Annual report of the Punjab Veterinary College and of the Civil Veterinary Department, Punjab - 1926-1932
Year: 1926
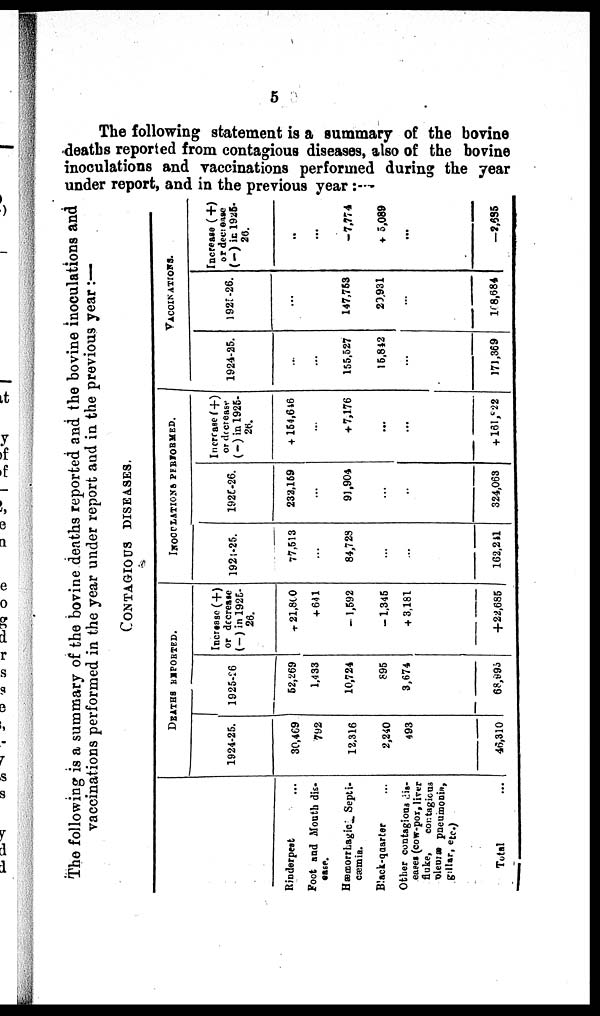
5
The following statement is a summary of the bovine
deaths reported from contagious diseases, also of the bovine
inoculations and vaccinations performed during the year
under report, and in the previous year:
The following is a summary of the bovine deaths reported and the bovine inoculations and
vaccinations performed in the year under report and in the previous year:—
CONTAGIOUS DISEASES.
Rinderpest ...
Foot and Mouth dis-
ease.
Hæmorrhagic Septi-
cæmia.
Black-quarter ...
Other contagious dis-
eases (cow-pox, liver
fluke,
contagious
pleuræ pneumonis,
gillar, etc.)
Total ...
DEATHS REPORTED.
1924-25.
30,469
792
12,316
2,240
493
46,310
1925-26
52,269
1,433
10,724
895
3,674
68,995
Increase (+)
or decrease
(-) in 1925-
26.
+ 21,800
+ 641
— 1,592
— 1,345
+ 3,181
+22,685
INOCULATIONS PERFORMED.
1924-25.
77,513
...
84,728
...
...
162,241
1925-26.
232,159
...
91,904
...
...
324,063
Increase (+)
or decrease
(-) in 1925-
26.
+ 154,646
...
+ 7,176
...
...
+ 161,822
VACCINATIONS.
1924-25.
...
...
155,527
15,842
...
171,369
l925-26.
...
147,753
20,931
...
188,684
Increase (+)
or decrease
(-) in 1925-
26.
..
...
- 7,774
+ 5,089
...
— 2,685